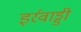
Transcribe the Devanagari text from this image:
इर्रवाड्डी